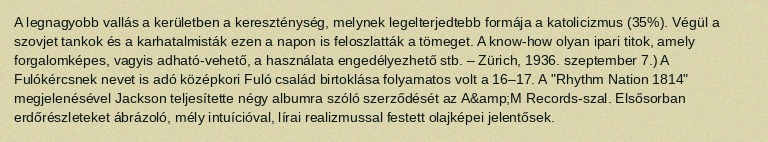
A legnagyobb vallás a kerületben a kereszténység, melynek legelterjedtebb formája a katolicizmus (35%). Végül a szovjet tankok és a karhatalmisták ezen a napon is feloszlatták a tömeget. A know-how olyan ipari titok, amely forgalomképes, vagyis adható-vehető, a használata engedélyezhető stb. – Zürich, 1936. szeptember 7.) A Fulókércsnek nevet is adó középkori Fuló család birtoklása folyamatos volt a 16–17. A "Rhythm Nation 1814" megjelenésével Jackson teljesítette négy albumra szóló szerződését az A&amp;M Records-szal. Elsősorban erdőrészleteket ábrázoló, mély intuícióval, lírai realizmussal festett olajképei jelentősek.